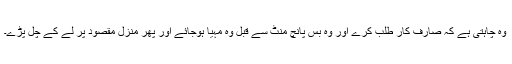
وہ چاہتی ہے کہ صارف کار طلب کرے اور وہ بس پانچ منٹ سے قبل وہ مہیا ہوجائے اور پھر منزل مقصود پر لے کے چل پڑے۔